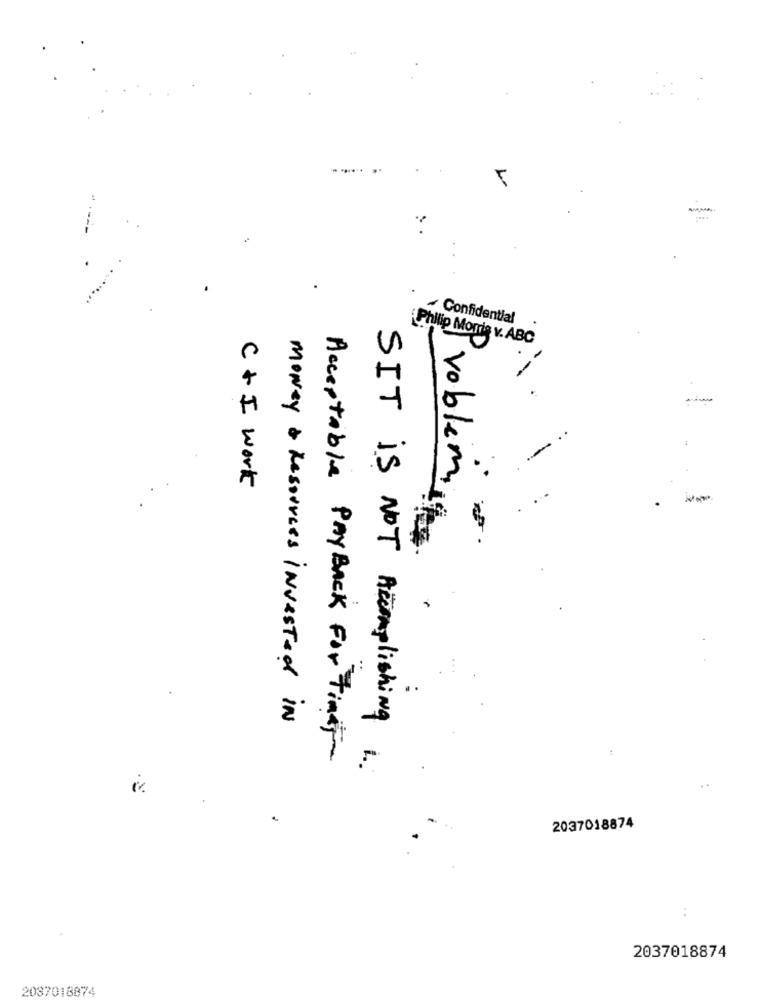
-
Confidential
Philip Morris v. ABC
--
-
C + I work
-
Problem.
money & Resources invested IN
Acceptable PAYBACK For Tinaj
SIT is NOT Accomplishing 1.
.
2037018874
..
2037018874
2037018874